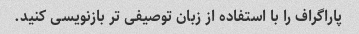
پاراگراف را با استفاده از زبان توصیفی تر بازنویسی کنید.